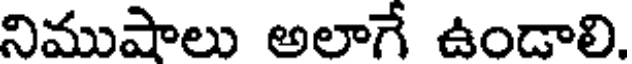
నిముషాలు అలాగే ఉండాలి.